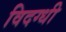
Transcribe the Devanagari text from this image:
विदग्धी